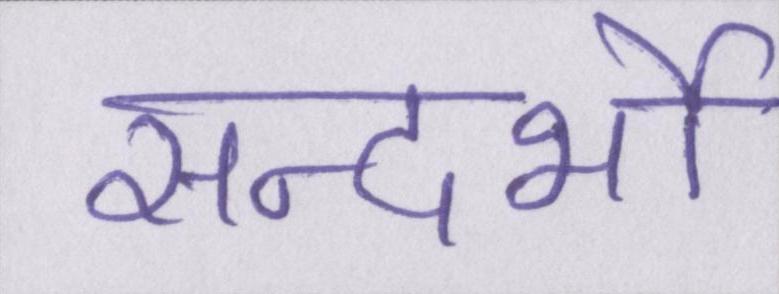
सन्दर्भो